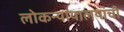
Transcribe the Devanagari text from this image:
लोकन्यायालयांची